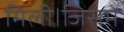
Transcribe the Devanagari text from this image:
मिली।जिसमे